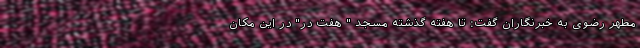
مطهر رضوی به خبرنگاران گفت: تا هفته گذشته مسجد " هفت در" در این مکان